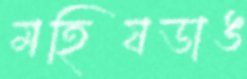
মহিষডাঙ